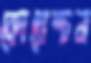
কোয়েশ্চন